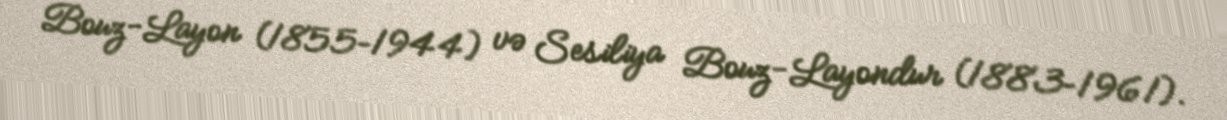
Bouz-Layon (1855–1944) və Sesiliya Bouz-Layondur (1883–1961).